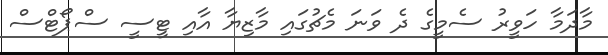
މާދަމާ ހަވީރު ސެމީގެ ދެ ވަނަ މެޗުގައި މާޒިޔާ އާއި ޓީސީ ސްޕޯޓްސް